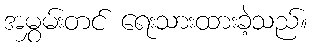
အမွှမ်းတင် ရေးသားထားခဲ့သည်။